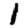
Digit: 1